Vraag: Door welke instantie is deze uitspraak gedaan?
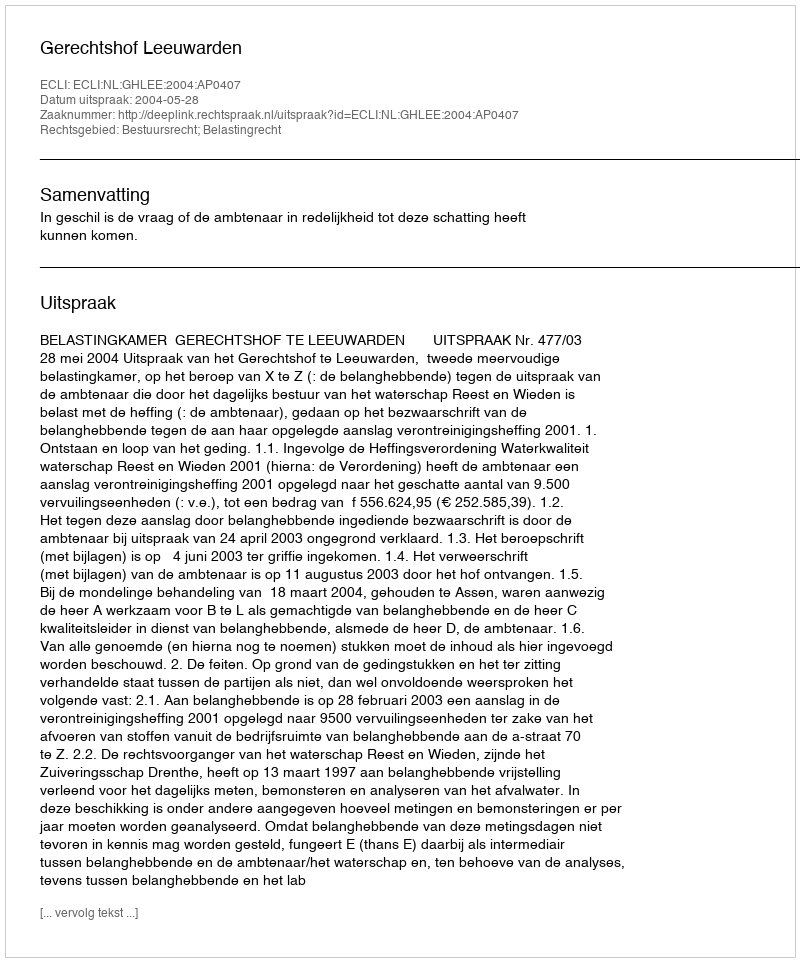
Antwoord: Gerechtshof Leeuwarden